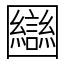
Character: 圝